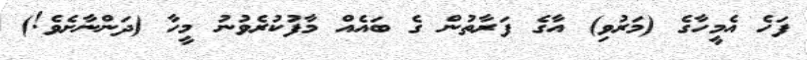
ފަހެ އެމީހާގެ (މަރުވި) އާގެ ފަރާތުން ގެ ބައެއް މާފުކުރެވުނު މީހާ (ދަންނާށެވެ!)